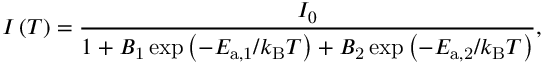
\centering I \left( T \right) = \frac { I _ { 0 } } { 1 + B _ { \mathrm { 1 } } \exp \left( - E _ { \mathrm { a , 1 } } / k _ { \mathrm { B } } T \right) + B _ { \mathrm { 2 } } \exp \left( - E _ { \mathrm { a , 2 } } / k _ { \mathrm { B } } T \right) } ,